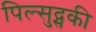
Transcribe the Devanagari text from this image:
पिल्सुद्सकी